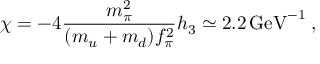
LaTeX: \chi = - 4 { \frac { m _ { \pi } ^ { 2 } } { ( m _ { u } + m _ { d } ) f _ { \pi } ^ { 2 } } } h _ { 3 } \simeq 2 . 2 \, \mathrm { G e V } ^ { - 1 } \; ,